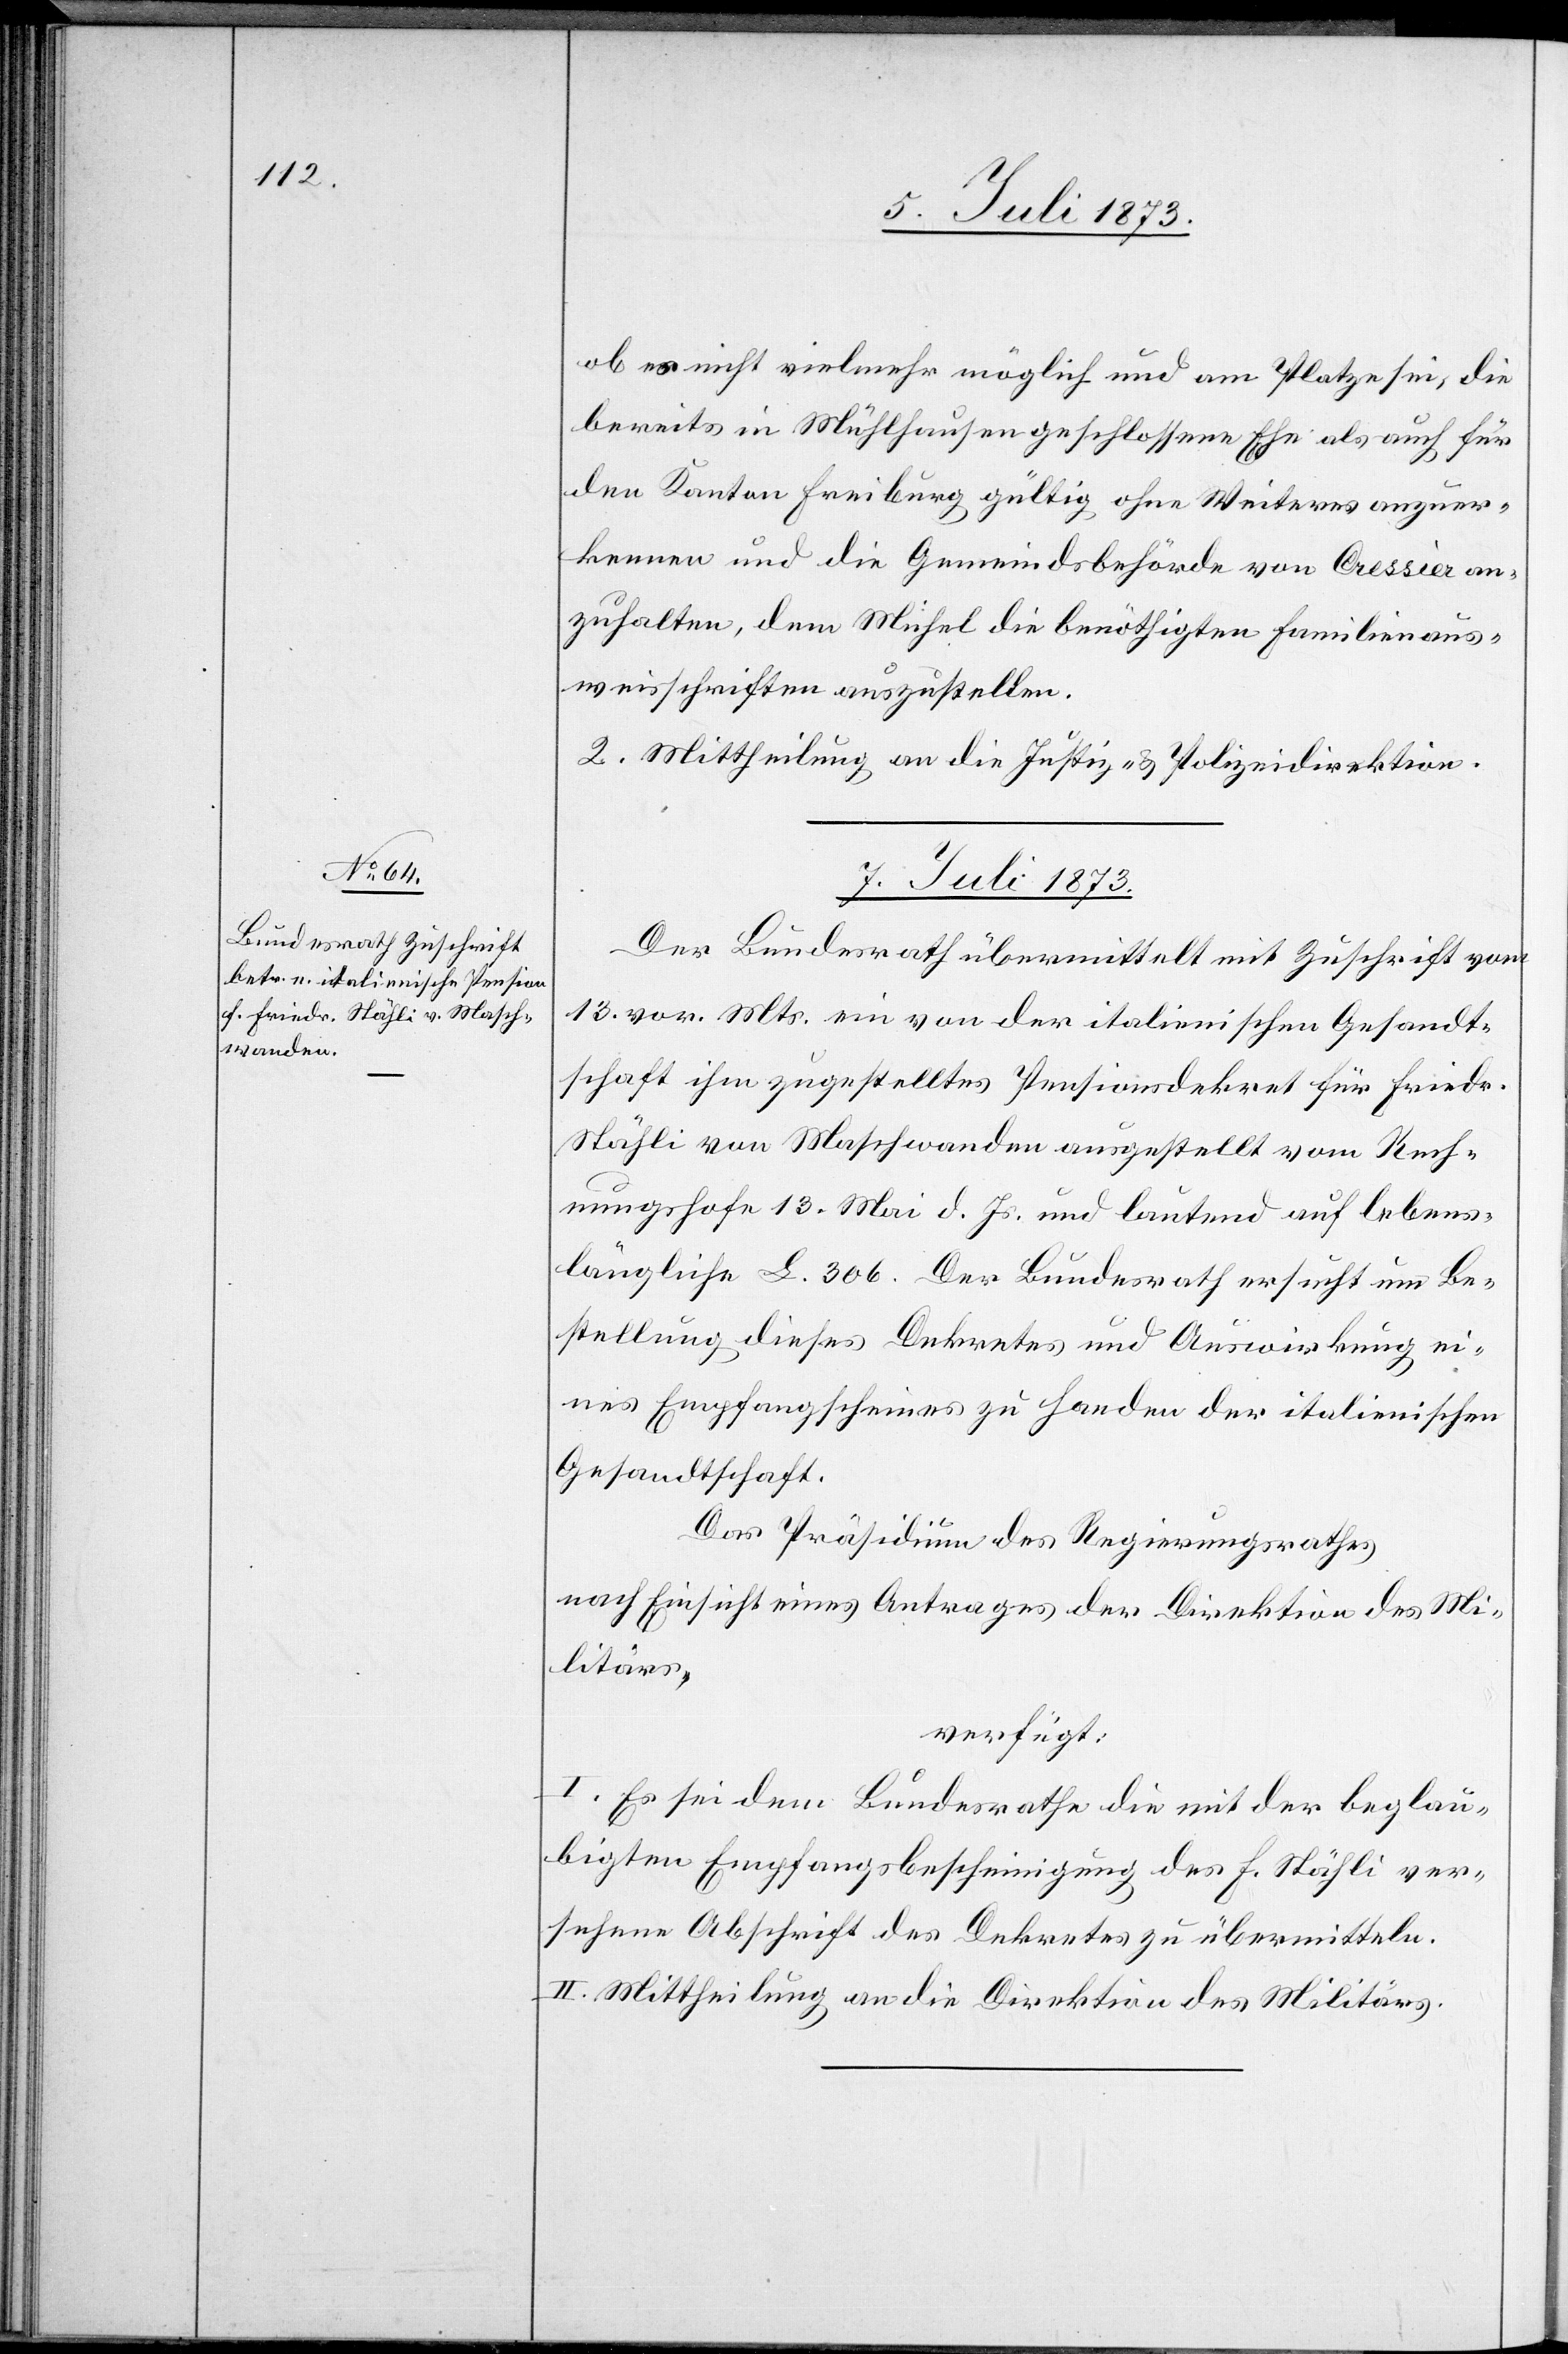
ob es nicht vielmehr möglich und am Platze sei, die
bereits in Mühlhausen geschlossene Ehe als auch für
den Kanton Freiburg gültig ohne Weiteres anzuer¬
kennen und die Gemeindsbehörde von Cressier an¬
zuhalten, dem Michel die benöthigten Familienaus¬
weisschriften auszustellen.
2. Mittheilung an die Justiz- & Polizeidirektion.
7. Juli 1873.
Der Bundesrath übermittelt mit Zuschrift vom
13. vor. Mts. ein von der italienischen Gesandt¬
schaft ihm zugestelltes Pensionsdekret für Friedr.
Stähli von Maschwanden ausgestellt vom Rech¬
nungshofe 13. Mai d. Ms. und lautend auf lebens¬
längliche L. 306. Der Bundesrath ersucht um Be¬
stellung dieses Dekretes und Auswirkung ei¬
nes Empfangscheines zu Handen der italienischen
Gesandtschaft.
Das Präsidium des Regierungsrathes
nach Einsicht eines Antrages der Direktion des Mi¬
litärs,
verfügt:
I. Es sei dem Bundesrathe die mit der beglau¬
bigten Empfangsbescheinigung des F. Stähli ver¬
sehene Abschrift des Dekretes zu übermitteln.
II. Mittheilung an die Direktion des Militärs.